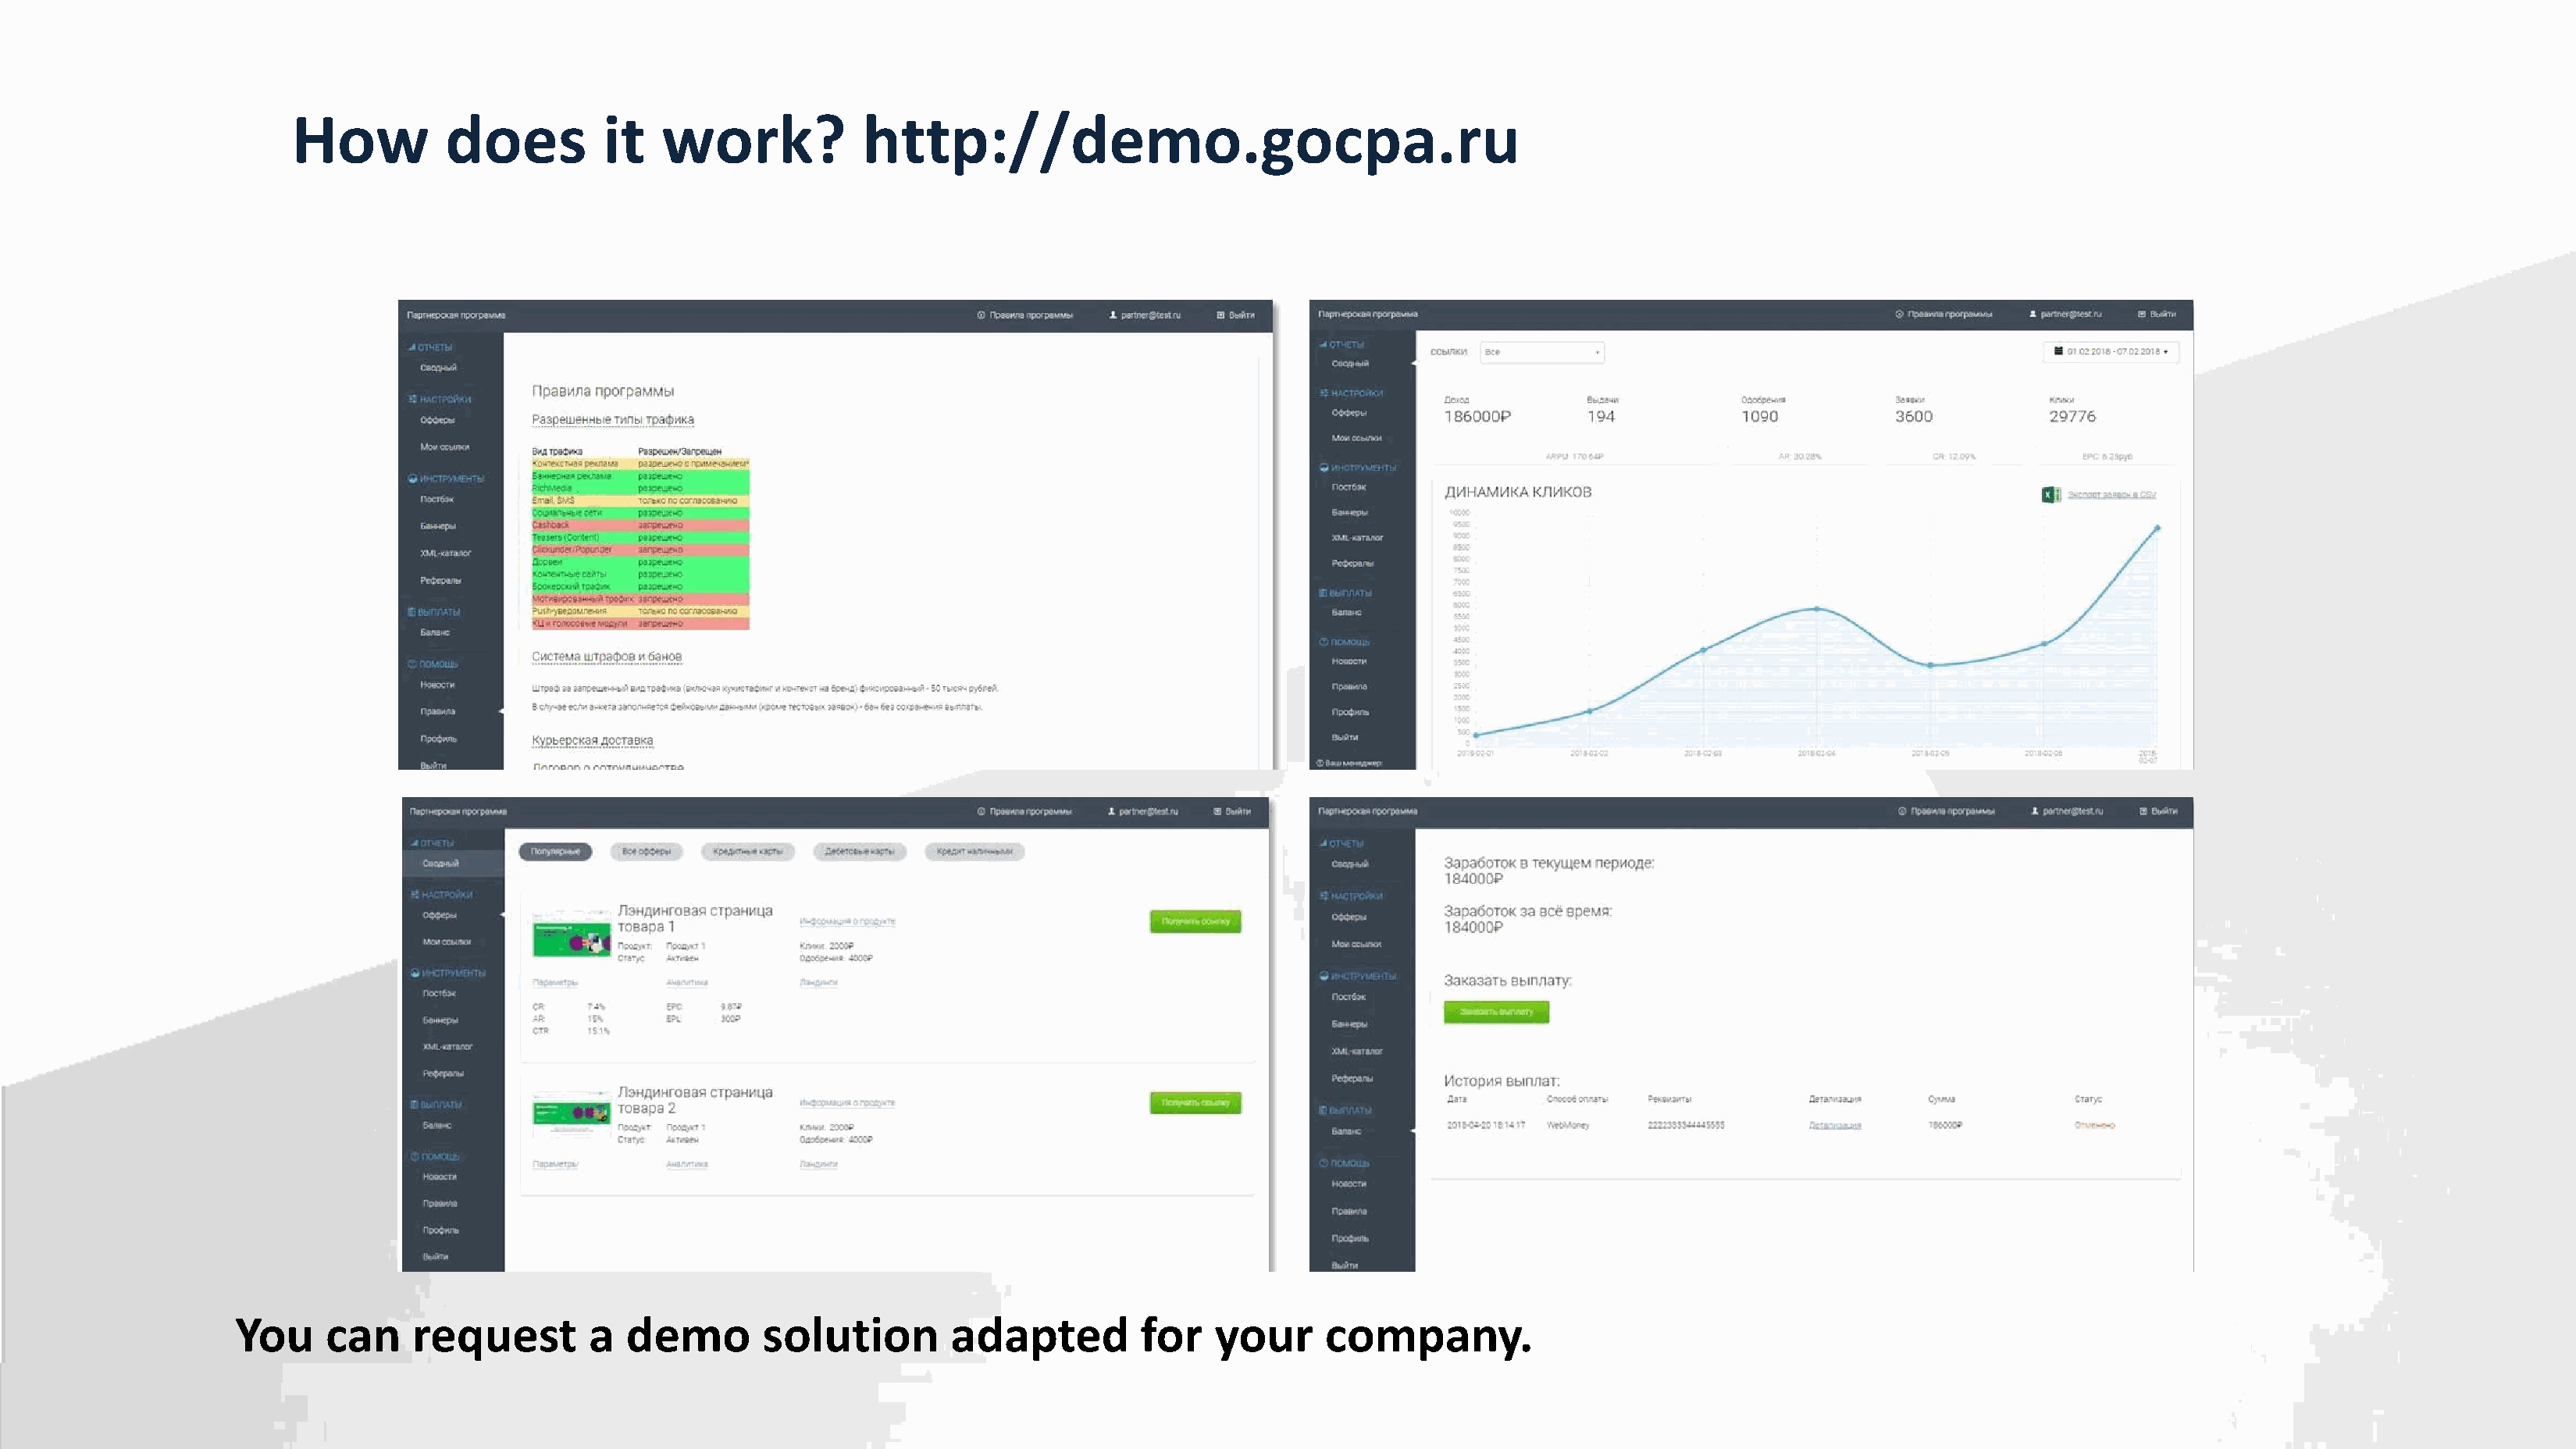
How          does         it   work?            http://demo.gocpa.ru
 You     can    request        a  demo        solution        adapted         for   your     company.
 .